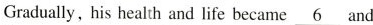
Gradually, his health and life became \underline{6} and